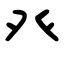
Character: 癶